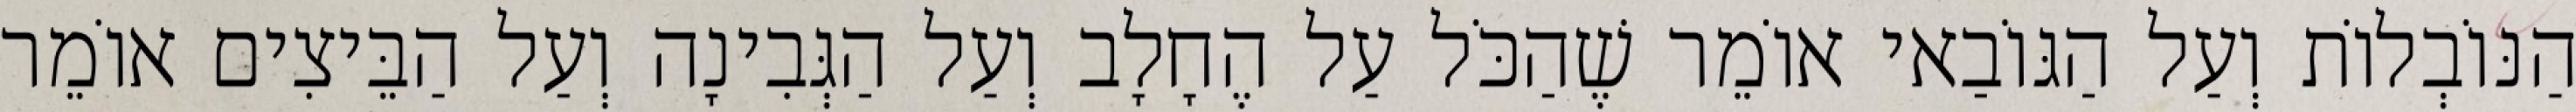
הַנּוֹבְלוֹת וְעַל הַגּוֹבַאי אוֹמֵר שֶׁהַכֹּל עַל הֶחָלָב וְעַל הַגְּבִינָה וְעַל הַבֵּיצִים אוֹמֵר